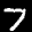
Label: 7